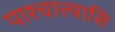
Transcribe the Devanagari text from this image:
पाश्चात्त्यासि